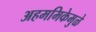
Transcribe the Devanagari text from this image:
अहममिकेमुळे